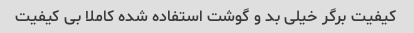
کیفیت برگر خیلی بد و گوشت استفاده شده کاملا بی کیفیت